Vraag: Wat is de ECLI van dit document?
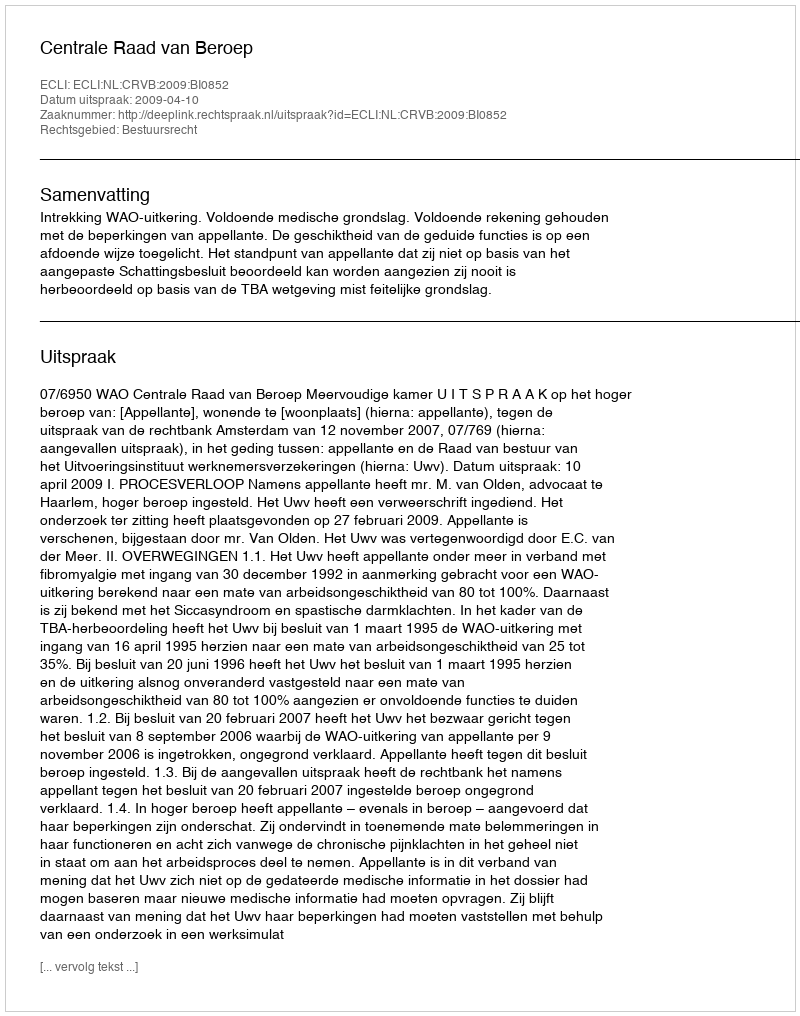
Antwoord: ECLI:NL:CRVB:2009:BI0852